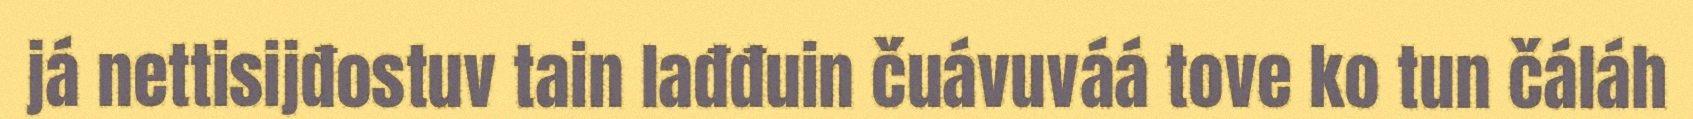
já nettisijđostuv tain lađđuin čuávuváá tove ko tun čáláh